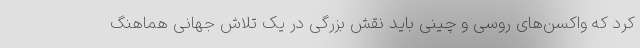
کرد که واکسن‌های روسی و چینی باید نقش بزرگی در یک تلاش جهانی هماهنگ